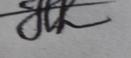
Signature authenticity: genuine